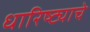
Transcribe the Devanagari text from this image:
धारिष्ट्याचे